Plague in India, 1896, 1897 - Volume 3
Year: 1896
Disease focus: Plague
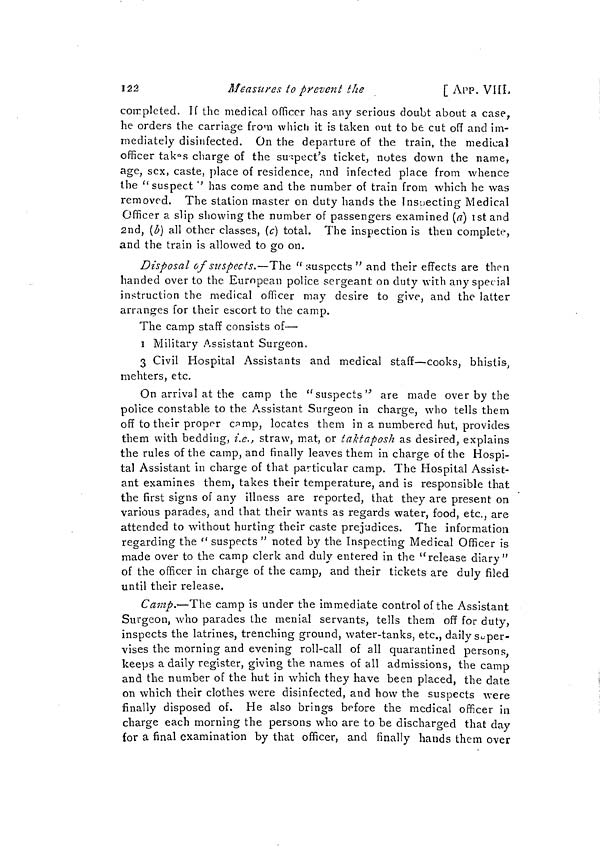
î2â
Measures to prevent tlie
[ APP. VIIL
coirpleted. If the medical officer has any serious doubt about a case,
he orders the carriage from which it is taken out to be cut off and im-
mediately disinfected. On the departure of the train, the medical
officer tak Q s charge of the suspect's ticket, ñutes down the name,
age, sex, caste, place of residence, and infected place from whence
the "suspect '' has come and the number of train from which he was
removed. The station master on duty hands the Inspecting Medical
Officer a slip showing the number of passengers examined (a] ist and
2nd, (b] all other classes, [c] total. The inspection is then complete,
and the train is allowed to go on.
Disposal of suspects.—The " suspects " and their effects are then
handed over to the European police sergeant on duty with any special
instruction the medical officer may desire to give, and the latter
arranges for their escort to the camp.
The camp staff consists of—
i Military Assistant Surgeon.
3 Civil Hospital Assistants and medical staff—cooks, bhistis,
mehters, etc.
On arrival at the camp the "suspects''' are made over by the
police constable to the Assistant Surgeon in charge, who tells them
off to their proper c^mp, locates them in a numbered hut, provides
them with bedding, i.e., straw, mat, or iaktaposh as desired, explains
the rules of the camp, and finally leaves them in charge of the Hospi-
tal Assistant in charge of that particular camp. The Hospital Assist-
ant examines them, takes their temperature, and is responsible that
the first signs of any illness are reported, that they are present on
various parades, and that their wants as regards water, food, etc., are
attended to without hurting their caste prejudices. The information
regarding the <( suspects " noted by the Inspecting Medical Officer is
made over to the camp clerk and duly entered in the u release diary"
of the officer in charge of the camp, and their tickets are duly filed
until their release.
Camp.—The camp is under the immediate control of the Assistant
Surgeon, who parades the menial servants, tells them off for duty,
inspects the latrines, trenching ground, water-tanks, etc., daily super-
vises the morning and evening roll-call of all quarantined persons,
keeps a daily register, giving the names of all admissions, the camp
and the number of the hut in which they have been placed, the date
on which their clothes were disinfected, and how the suspects were
finally disposed of. He also brings before the medical officer in
charge each morning the persons who are to be discharged that day
for a final examination by that officer, and finally hands them over